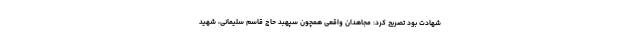
شهادت بود تصریح کرد: مجاهدان واقعی همچون سپهبد حاج قاسم سلیمانی، شهید